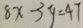
8 x - 3 y = 4 7